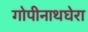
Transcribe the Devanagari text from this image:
गोपीनाथघेरा